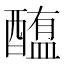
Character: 𰼐